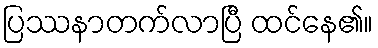
ပြဿနာတက်လာပြီ ထင်နေ၏။